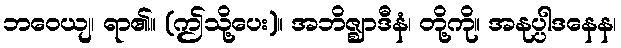
ဘဝေယျ၊ ရာ၏။ (ဤသို့ပေး)။ အဘိဇ္ဈာဒီနံ၊ တို့ကို။ အနုပ္ပါဒနေန၊